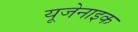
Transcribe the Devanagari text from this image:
यूजेनाइक